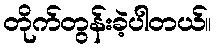
တိုက်တွန်းခဲ့ပါတယ်။